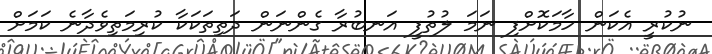
ނުކުރީ އެކަން ހާމަކޮށްފި ނަމަ ލުތުފީ އަނބުރާ ގެންނަން ދަތިތަކަކާ ކުރިމަތިވެދާނެ ކަމަށް